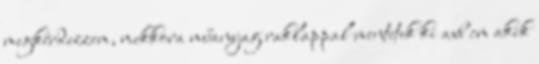
megkérdezzem, mekkora műanyag raklappal mentetek ki axb cm akik